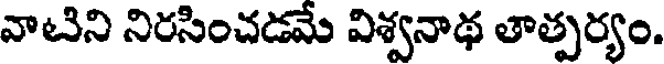
వాటిని నిరసించడమే విశ్వనాథ తాత్పర్యం.